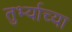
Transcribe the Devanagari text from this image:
तुर्भ्याच्या